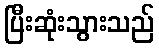
ပြီးဆုံးသွားသည်